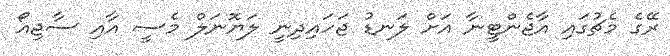
ރޭގެ މެޗުގައި އާޖެންޓީނާ އަށް ލަނޑު ޖަހައިދިނީ ލަޔޮނަލް މެސީ އާއި ސާޖިއޯ